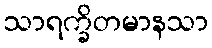
သာရက္ခိတမာနသာ